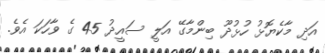
އަދި މާކެޔޮޅު ހުޅުދޫ ބިންމާގޭ އަލީ ސައީދު 45 ގެ ވާހަކަ އެވެ.